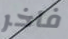
فاخر